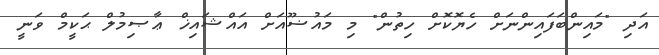
އަދި "މައިންބަފައިންނަށް ހެޔޮކޮށް ހިތުން" މި މައުޟޫއަށް އައްޝައިޚް ޢާޞިމުލް ޙަކީމް ވަނީ